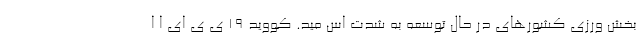
بخش ورزیِ کشورهای در حال توسعه به‌ شدت اس مید. کووید 19 ی ی ای ا ا